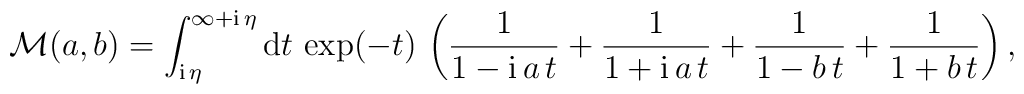
{\cal M}(a,b) =\int_{{\mathrm i}\,\eta}^{\infty + {\mathrm i}\,\eta} {\mathrm d}t\, \exp(-t) \,\left( \frac{1}{1 - {\mathrm i}\, a \,t} + \frac{1}{1 + {\mathrm i}\, a \,t} +\frac{1}{1 - b \,t} + \frac{1}{1 + b \,t}\right),